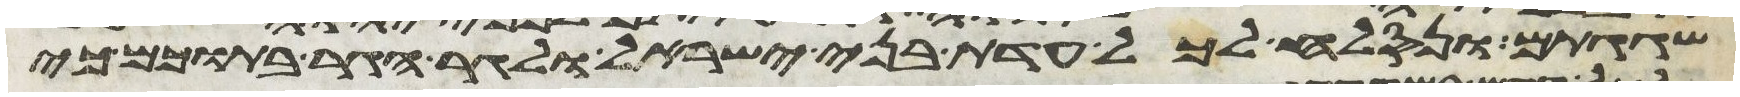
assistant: שגגתם ונסלח לכל עדת בני ישראל ולגר הגר בתוכם כי